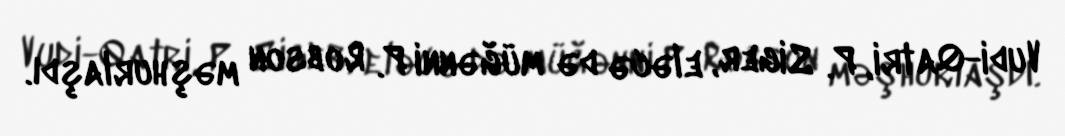
Vudi-Qatri, P. Siger, eləcə də müğənni P. Robson məşhurlaşdı.